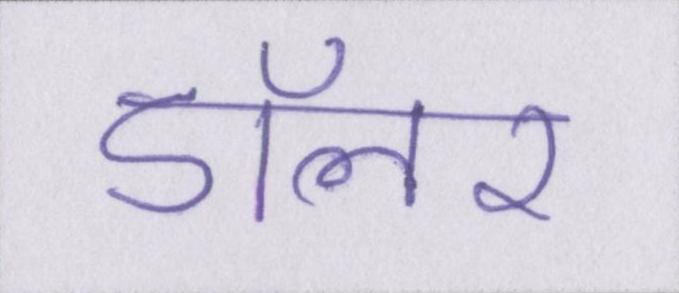
डॉलर